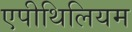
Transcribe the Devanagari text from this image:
एपीथिलियम